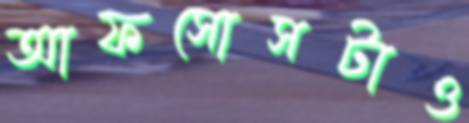
আফসোসটাও